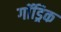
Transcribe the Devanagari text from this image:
गॉड्रिक